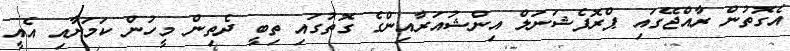
އެގޮތުން ރާއްޖޭގައި ޕްރޮފެޝަނަލް އިންޝުއަރާއިންގެ ގޮތުގައި ތިބީ ދެތިން މީހުން ކަމަށާއި އެއީ